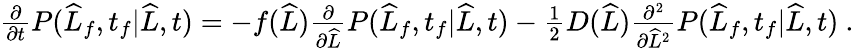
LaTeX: \begin{array}{r}{\frac{\partial}{\partial t}P(\widehat{L}_{f},t_{f}|\widehat{L},t)=-f(\widehat{L})\frac{\partial}{\partial\widehat{L}}P(\widehat{L}_{f},t_{f}|\widehat{L},t)-\frac{1}{2}D(\widehat{L})\frac{\partial^{2}}{\partial\widehat{L}^{2}}P(\widehat{L}_{f},t_{f}|\widehat{L},t)\ .}\end{array}